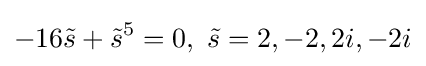
-16{\tilde {s}}+{\tilde {s}}^{5}=0,\ {\tilde {s}}=2,-2,2i,-2i